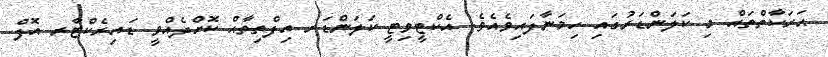
ޙަރަކާތްތައް މި ކަލަންޑަރުގައި ހިމަނާފައިވެއެވެ. އެކްޓީވިޓީ ކަލަންޑަރ އިފްތިތާޙް ކޮށްދެއްވީ ޑައިރެކްޓާރ އޮފް